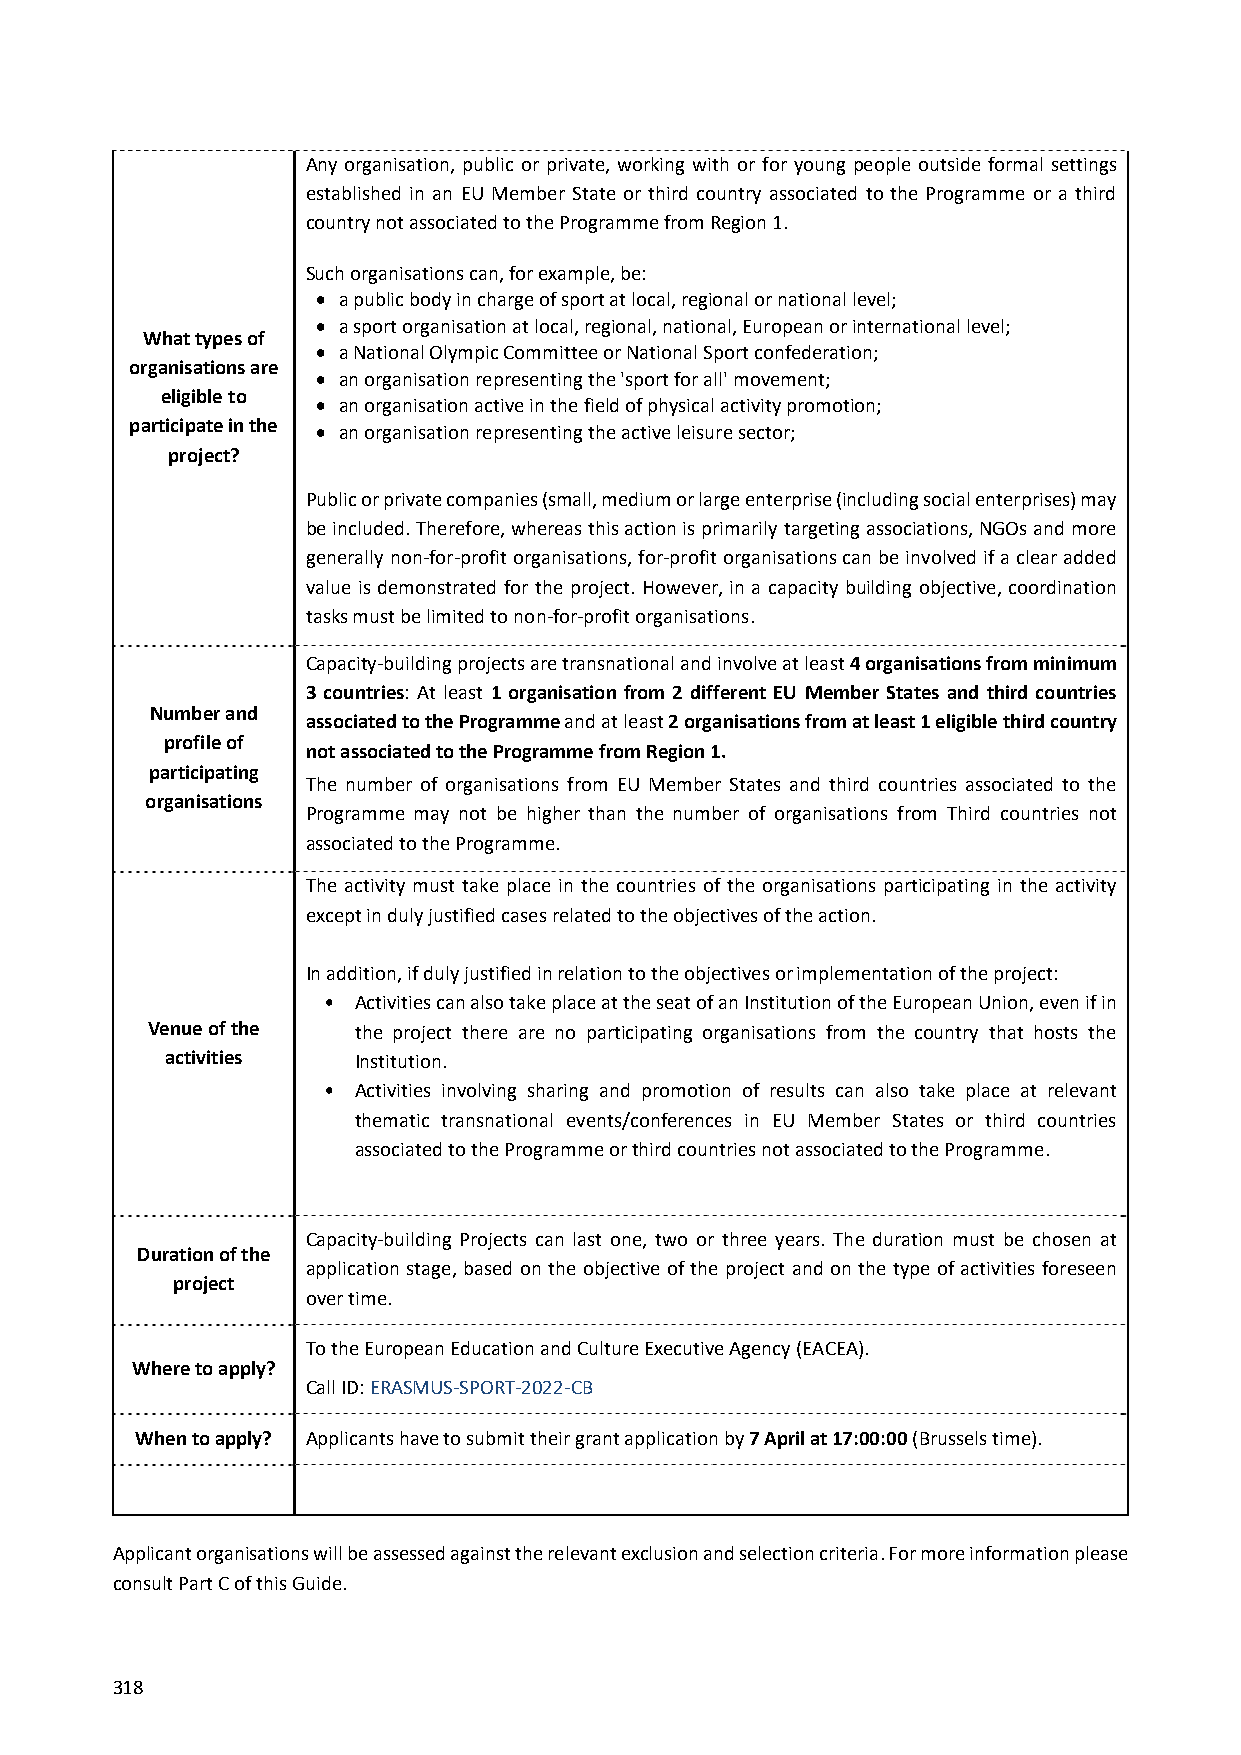
Any organisation, public or private, working with or for young people outside formal settings
 established in an EU Member State or third country associated to the Programme or a third
 country not associated to the Programme from Region 1.
 Such organisations can, for example, be:
  a public body in charge of sport at local, regional or national level;
  a sport organisation at local, regional, national, European or international level;
 What types of
  a National Olympic Committee or National Sport confederation;
 organisations are
  an organisation representing the 'sport for all' movement;
 eligible to
  an organisation active in the field of physical activity promotion;
 participate in the  an organisation representing the active leisure sector;
 project?
 Public or private companies (small, medium or large enterprise (including social enterprises) may
 be included. Therefore, whereas this action is primarily targeting associations, NGOs and more
 generally non‐for‐profit organisations, for‐profit organisations can be involved if a clear added
 value is demonstrated for the project. However, in a capacity building objective, coordination
 tasks must be limited to non‐for‐profit organisations.
 Capacity‐building projects are transnational and involve at least 4 organisations from minimum
 3 countries: At least 1 organisation from 2 different EU Member States and third countries
 Number and
 associated to the Programme and at least 2 organisations from at least 1 eligible third country
 profile of
 not associated to the Programme from Region 1.
 participating
 The number of organisations from EU Member States and third countries associated to the
 organisations
 Programme may not be higher than the number of organisations from Third countries not
 associated to the Programme.
 The activity must take place in the countries of the organisations participating in the activity
 except in duly justified cases related to the objectives of the action.
 In addition, if duly justified in relation to the objectives or implementation of the project:
 • Activities can also take place at the seat of an Institution of the European Union, even if in
 Venue of the the project there are no participating organisations from the country that hosts the
 activities  Institution.
 • Activities involving sharing and promotion of results can also take place at relevant
 thematic transnational events/conferences in EU Member States or third countries
 associated to the Programme or third countries not associated to the Programme.
 Capacity‐building Projects can last one, two or three years. The duration must be chosen at
 Duration of the
 application stage, based on the objective of the project and on the type of activities foreseen
 project
 over time.
 To the European Education and Culture Executive Agency (EACEA).
 Where to apply?
 Call ID: ERASMUS‐SPORT‐2022‐CB
 When to apply? Applicants have to submit their grant application by 7 April at 17:00:00 (Brussels time).
 Applicant organisations will be assessed against the relevant exclusion and selection criteria. For more information please
 consult Part C of this Guide.
 318